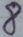
Text: 8